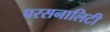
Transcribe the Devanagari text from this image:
परसनालिटी